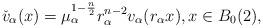
LaTeX: \begin{align*}\check{v}_\alpha(x)=\mu_\alpha^{1-\frac{n}{2}}r_\alpha^{n-2}v_\alpha(r_\alpha x),x\in B_0(2),\end{align*}